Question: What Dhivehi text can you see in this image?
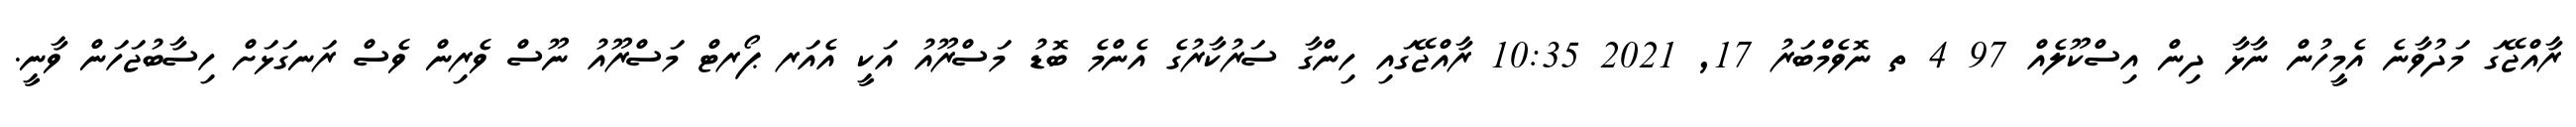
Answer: ރާއްޖޭގަ މަދުވާނެ އެމީހުން ނާޅާ ދިން އިސްކޫލެއް 97 4 ތ ނޮވެމްބަރު 17, 2021 10:35 ރާއްޖޭގައި ހިންގާ ސަރުކާރުގެ އެންމެ ބޮޑު މަސްރޫއު އަކީ އެއަރ ޕޯރޓް މަސްރޫއު ނޫސް ވެރިން ވެސް ރަނގަޅަށް ހިސާބުޖަހަން ވާނީ.